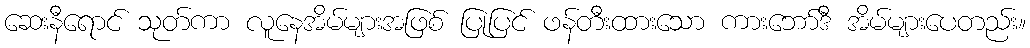
ဆေးနီရောင် သုတ်ကာ လူနေအိမ်များအဖြစ် ပြုပြင် ဖန်တီးထားသော ကားဘော်ဒီ အိမ်များပေတည်း။